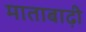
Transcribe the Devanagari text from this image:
माताबाढ़ी